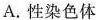
A. 性染色体